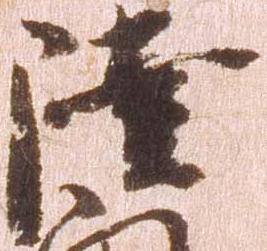
陸